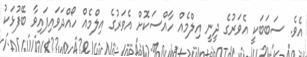
އެވެ. ސަބަބަކީ އެވަރުގެ ދީނީ އިލްމެއް ހާއްސަކޮށް އެވަރުގެ އިލްމެއް ހޯއްދަވައިފައިވާ ބޭފުޅަކު